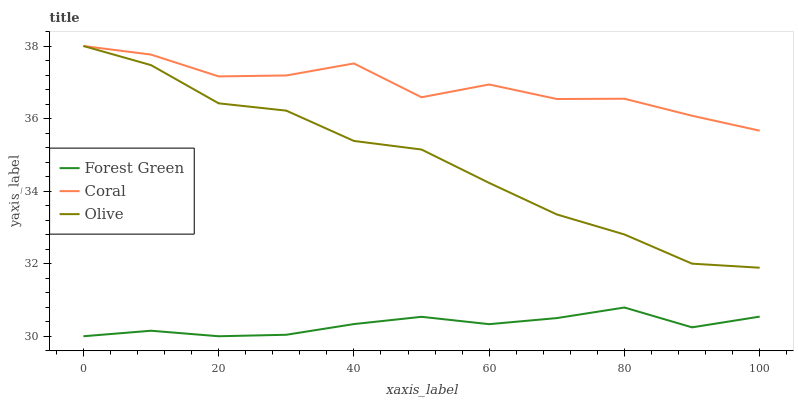
| xaxis_label | Forest Green | Coral | Olive |
 | --- | --- | --- | --- |
 | 0 | 30 | 38 | 38 |
 | 10 | 30.2 | 37.8 | 37.5 |
 | 20 | 30 | 37.2 | 36.4 |
 | 30 | 30 | 37.2 | 36.2 |
 | 40 | 30.3 | 37.5 | 35.4 |
 | 50 | 30.5 | 36.6 | 35.1 |
 | 60 | 30.3 | 36.9 | 34.2 |
 | 70 | 30.5 | 36.5 | 33.4 |
 | 80 | 30.8 | 36.5 | 32.8 |
 | 90 | 30.2 | 36.1 | 32 |
 | 100 | 30.5 | 35.7 | 31.9 |